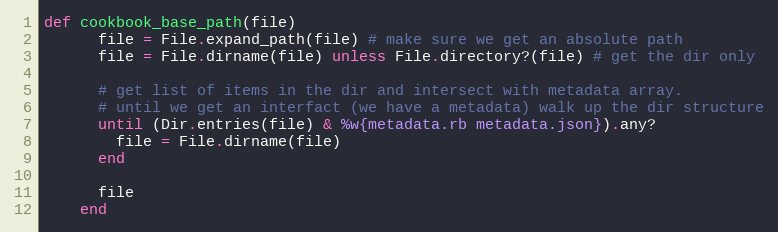
Language: Ruby
def cookbook_base_path(file)
      file = File.expand_path(file) # make sure we get an absolute path
      file = File.dirname(file) unless File.directory?(file) # get the dir only

      # get list of items in the dir and intersect with metadata array.
      # until we get an interfact (we have a metadata) walk up the dir structure
      until (Dir.entries(file) & %w{metadata.rb metadata.json}).any?
        file = File.dirname(file)
      end

      file
    end